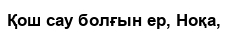
Қош сау болғын ер, Ноқа,